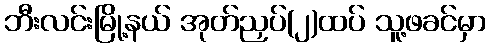
ဘီးလင်းမြို့နယ် အုတ်ညှပ်(၂)ထပ် သူ့ဖခင်မှာ